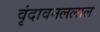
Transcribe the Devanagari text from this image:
वृंदावनललाल